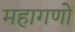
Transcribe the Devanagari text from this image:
महागणों